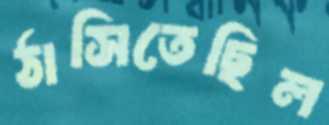
ঠাসিতেছিল